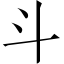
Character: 斗